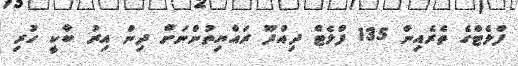
ފްލެޓްގެ ތެރެެއިން 135 ފްލެޓް ދިއްދޫ ރައްޔިތުންނަށް ދިން އިރު ބާކީ ހުރި